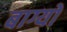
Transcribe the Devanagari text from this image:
बाग्यों